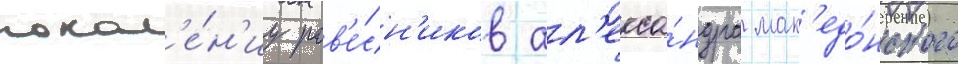
покол'е́н'иу ров'е́сн'иков ал'екса́ндра мак'едо́нского